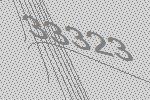
33323